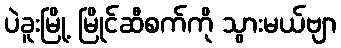
ပဲခူးမြို့ မြိုင်ဆီစက်ကို သွားမယ်ဗျာ